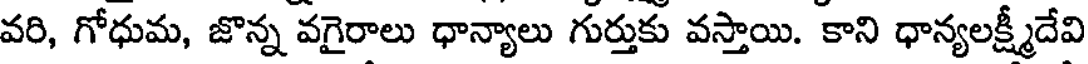
వరి, గోధుమ, జొన్న వగైరాలు ధాన్యాలు గుర్తుకు వస్తాయి. కాని ధాన్యలక్ష్మీదేవి